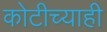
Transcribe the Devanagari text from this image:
कोटीच्याही